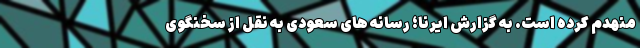
منهدم کرده است. به گزارش ایرنا؛ رسانه های سعودی به نقل از سخنگوی